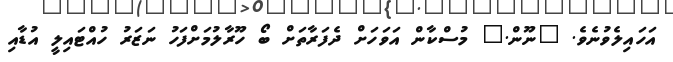
އަހައިލެވުނެވެ. "ނޫން." މުސްކާން އަވަހަށް ދެފަރާތަށް ބޯ ހޫރާލުމަށްފަހު ނަޒަރު ހުއްޓައިލީ އުޑާއި